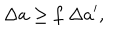
\Delta a \geq f ~ \Delta a ^ { \prime } ,